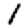
Digit: 1